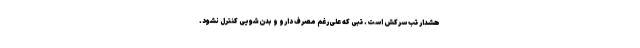
هشدار تب سرکش است. تبی که علی‌رغم مصرف دارو و بدن‌شویی کنترل نشود.